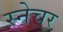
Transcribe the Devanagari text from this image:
स्नेचर